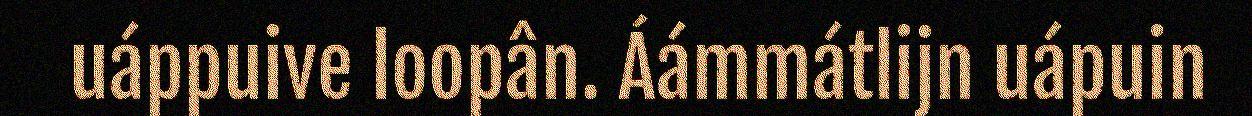
uáppuive loopân. Áámmátlijn uápuin